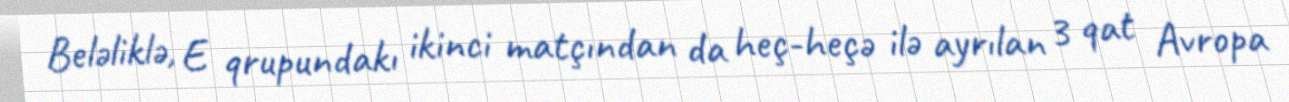
Beləliklə, E qrupundakı ikinci matçından da heç-heçə ilə ayrılan 3 qat Avropa